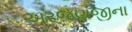
અરજણજીના